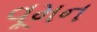
વૂમન